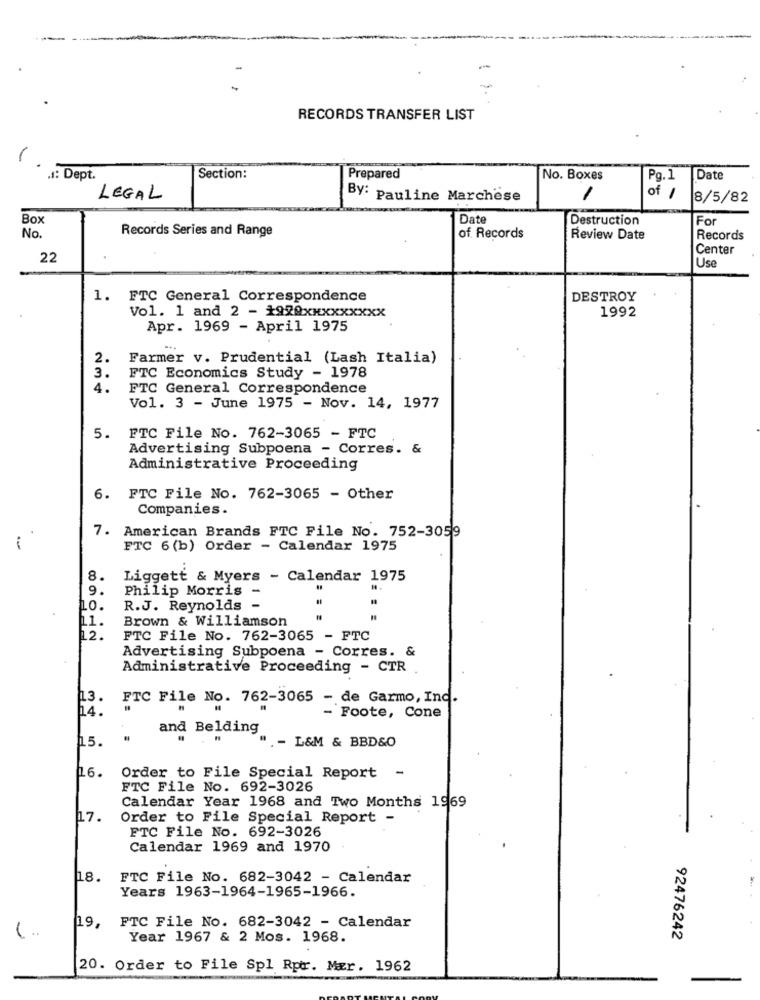
RECORDS TRANSFER LIST
1.
J: Dept.
Section:
Prepared
No. Boxes
Pg. 1
Date
LEGAL
By: Pauline Marchese
of 1
8/5/82
Box
Date
Destruction
For
Records Series and Range
No.
of Records
Review Date
Records
Center
22
Use
1. FTC General Correspondence
DESTROY
1992
Vol. 1 and 2 - 1920xxxxxxxxx
Apr. 1969 - April 1975
2.
Farmer v. Prudential (Lash Italia)
3.
FTC Economics Study - 1978
4.
FTC General Correspondence
Vol. 3 - June 1975 - Nov. 14, 1977
5.
FTC File No. 762-3065 - FTC
Advertising Subpoena - Corres. &
Administrative Proceeding
6. FTC File No. 762-3065 - Other
Companies.
7. American Brands FTC File No. 752-3059
FTC 6 (b) Order - Calendar 1975
8.
Liggett & Myers - Calendar 1975
9.
Philip Morris -
1.0.
R.J. Reynolds -
Brown & Williamson
11.
12.
FTC File No. 762-3065 - FTC
Advertising Subpoena - Corres. &
Administrative Proceeding - CTR
13.
FTC File No. 762-3065 - de Garmo, Ind.
14.
- Foote, Cone
and Belding
15.
" - L&M & BBD&O
16.
Order to File Special Report -
FTC File No. 692-3026
Calendar Year 1968 and Two Months 1969
17.
Order to File Special Report -
FTC File No. 692-3026
Calendar 1969 and 1970
18.
FTC File No. 682-3042 - Calendar
Years 1963-1964-1965-1966.
19, FTC File No. 682-3042 - Calendar
( ..
Year 1967 & 2 Mos. 1968.
92476242
20. Order to File Spl Rptr. Mær. 1962
-